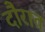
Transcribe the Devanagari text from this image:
दौरात